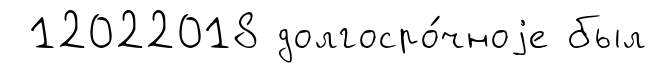
12022018 долгосро́чноjе был